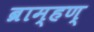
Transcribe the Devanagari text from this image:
ब्राम्हण्